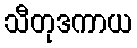
သီတုဒကာယ